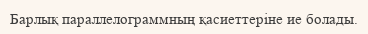
Барлық параллелограммның қасиеттеріне ие болады.